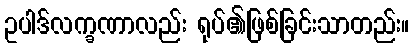
ဥပါဒ်လက္ခဏာလည်း ရုပ်၏ဖြစ်ခြင်းသာတည်း။